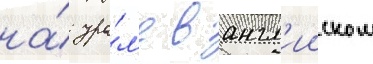
на́ ура́л'е в англ'ииском